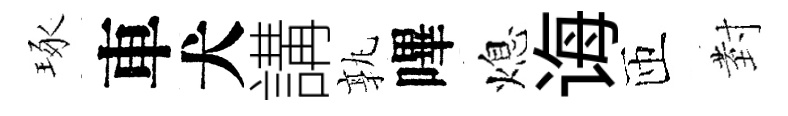
琢車犬講孰嗶熄诲匝𭔹